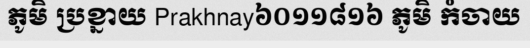
ភូមិ ប្រខ្នាយ Prakhnay៦០១១៨១៦ ភូមិ កំចាយ